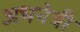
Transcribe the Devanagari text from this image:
अभनेत्री